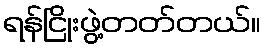
ရန်ငြိုးဖွဲ့တတ်တယ်။